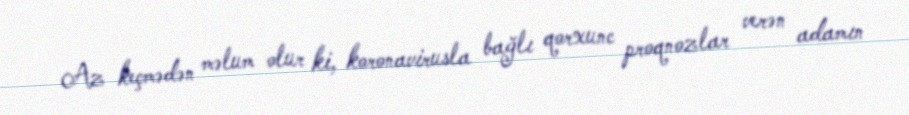
Az keçmədən məlum olur ki, koronavirusla bağlı qorxunc proqnozlar verən adamın